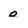
Character: 0